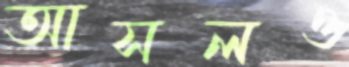
আসলও